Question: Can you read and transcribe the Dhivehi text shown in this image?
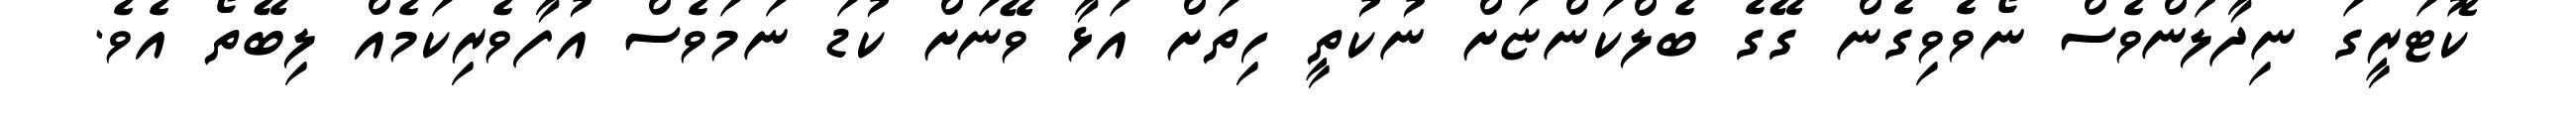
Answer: ކޮޓަރީގަ ނިދާލަންވެސް ނޯވެވިގެން ގޭގެ ބެލްކަންޏަށް ނުކުތީ ހިތަށް އަޅާ ވޭނަށް ކުޑަ ނަމަވެސް އުފާވެރިކަމެއް ލިބޭތޯ އެވެ.